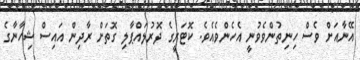
އޭނާއަށް ވެސް ހިނިތުންވެވުނީ އެހެންވެއެވެ. ކޮޓަރީގެ ދޮރުލައްޕާލި ގޮތަށް ރާދިން އައިސް ޝިހާނާގެ